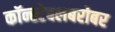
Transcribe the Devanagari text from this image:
कॉन्स्टेबलबरोबर